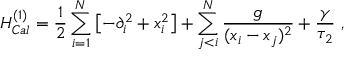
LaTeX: H _ { C a l } ^ { ( 1 ) } = { \frac { 1 } { 2 } } \sum _ { i = 1 } ^ { N } \left[ - \partial _ { i } ^ { 2 } + x _ { i } ^ { 2 } \right] + \sum _ { j < i } ^ { N } \frac g { ( x _ { i } - x _ { j } ) ^ { 2 } } + \frac { \gamma } { \tau _ { 2 } } \ ,